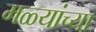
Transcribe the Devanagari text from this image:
मळ्यांच्या